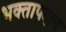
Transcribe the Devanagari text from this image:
भक्तापदान